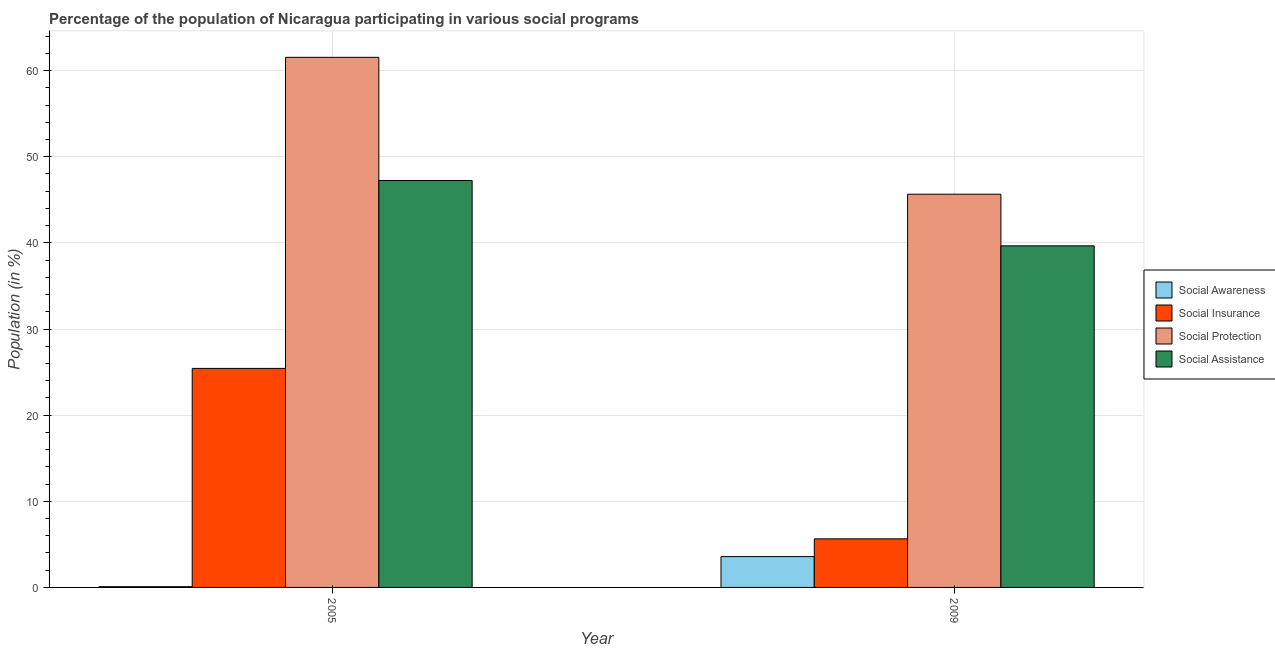
| Year | Social Awareness | Social Insurance | Social Protection | Social Assistance |
 | --- | --- | --- | --- | --- |
 | 2005 | 0.087 | 25.4 | 61.5 | 47.2 |
 | 2009 | 3.58 | 5.64 | 45.7 | 39.7 |